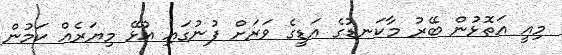
މިއީ އަތޮޅުން ބޭރު މާކަނޑުގެ އަޑީގެ ވަރަށް ފުނުގައި އުޅޭ މިޔަރެއް ކަމުން